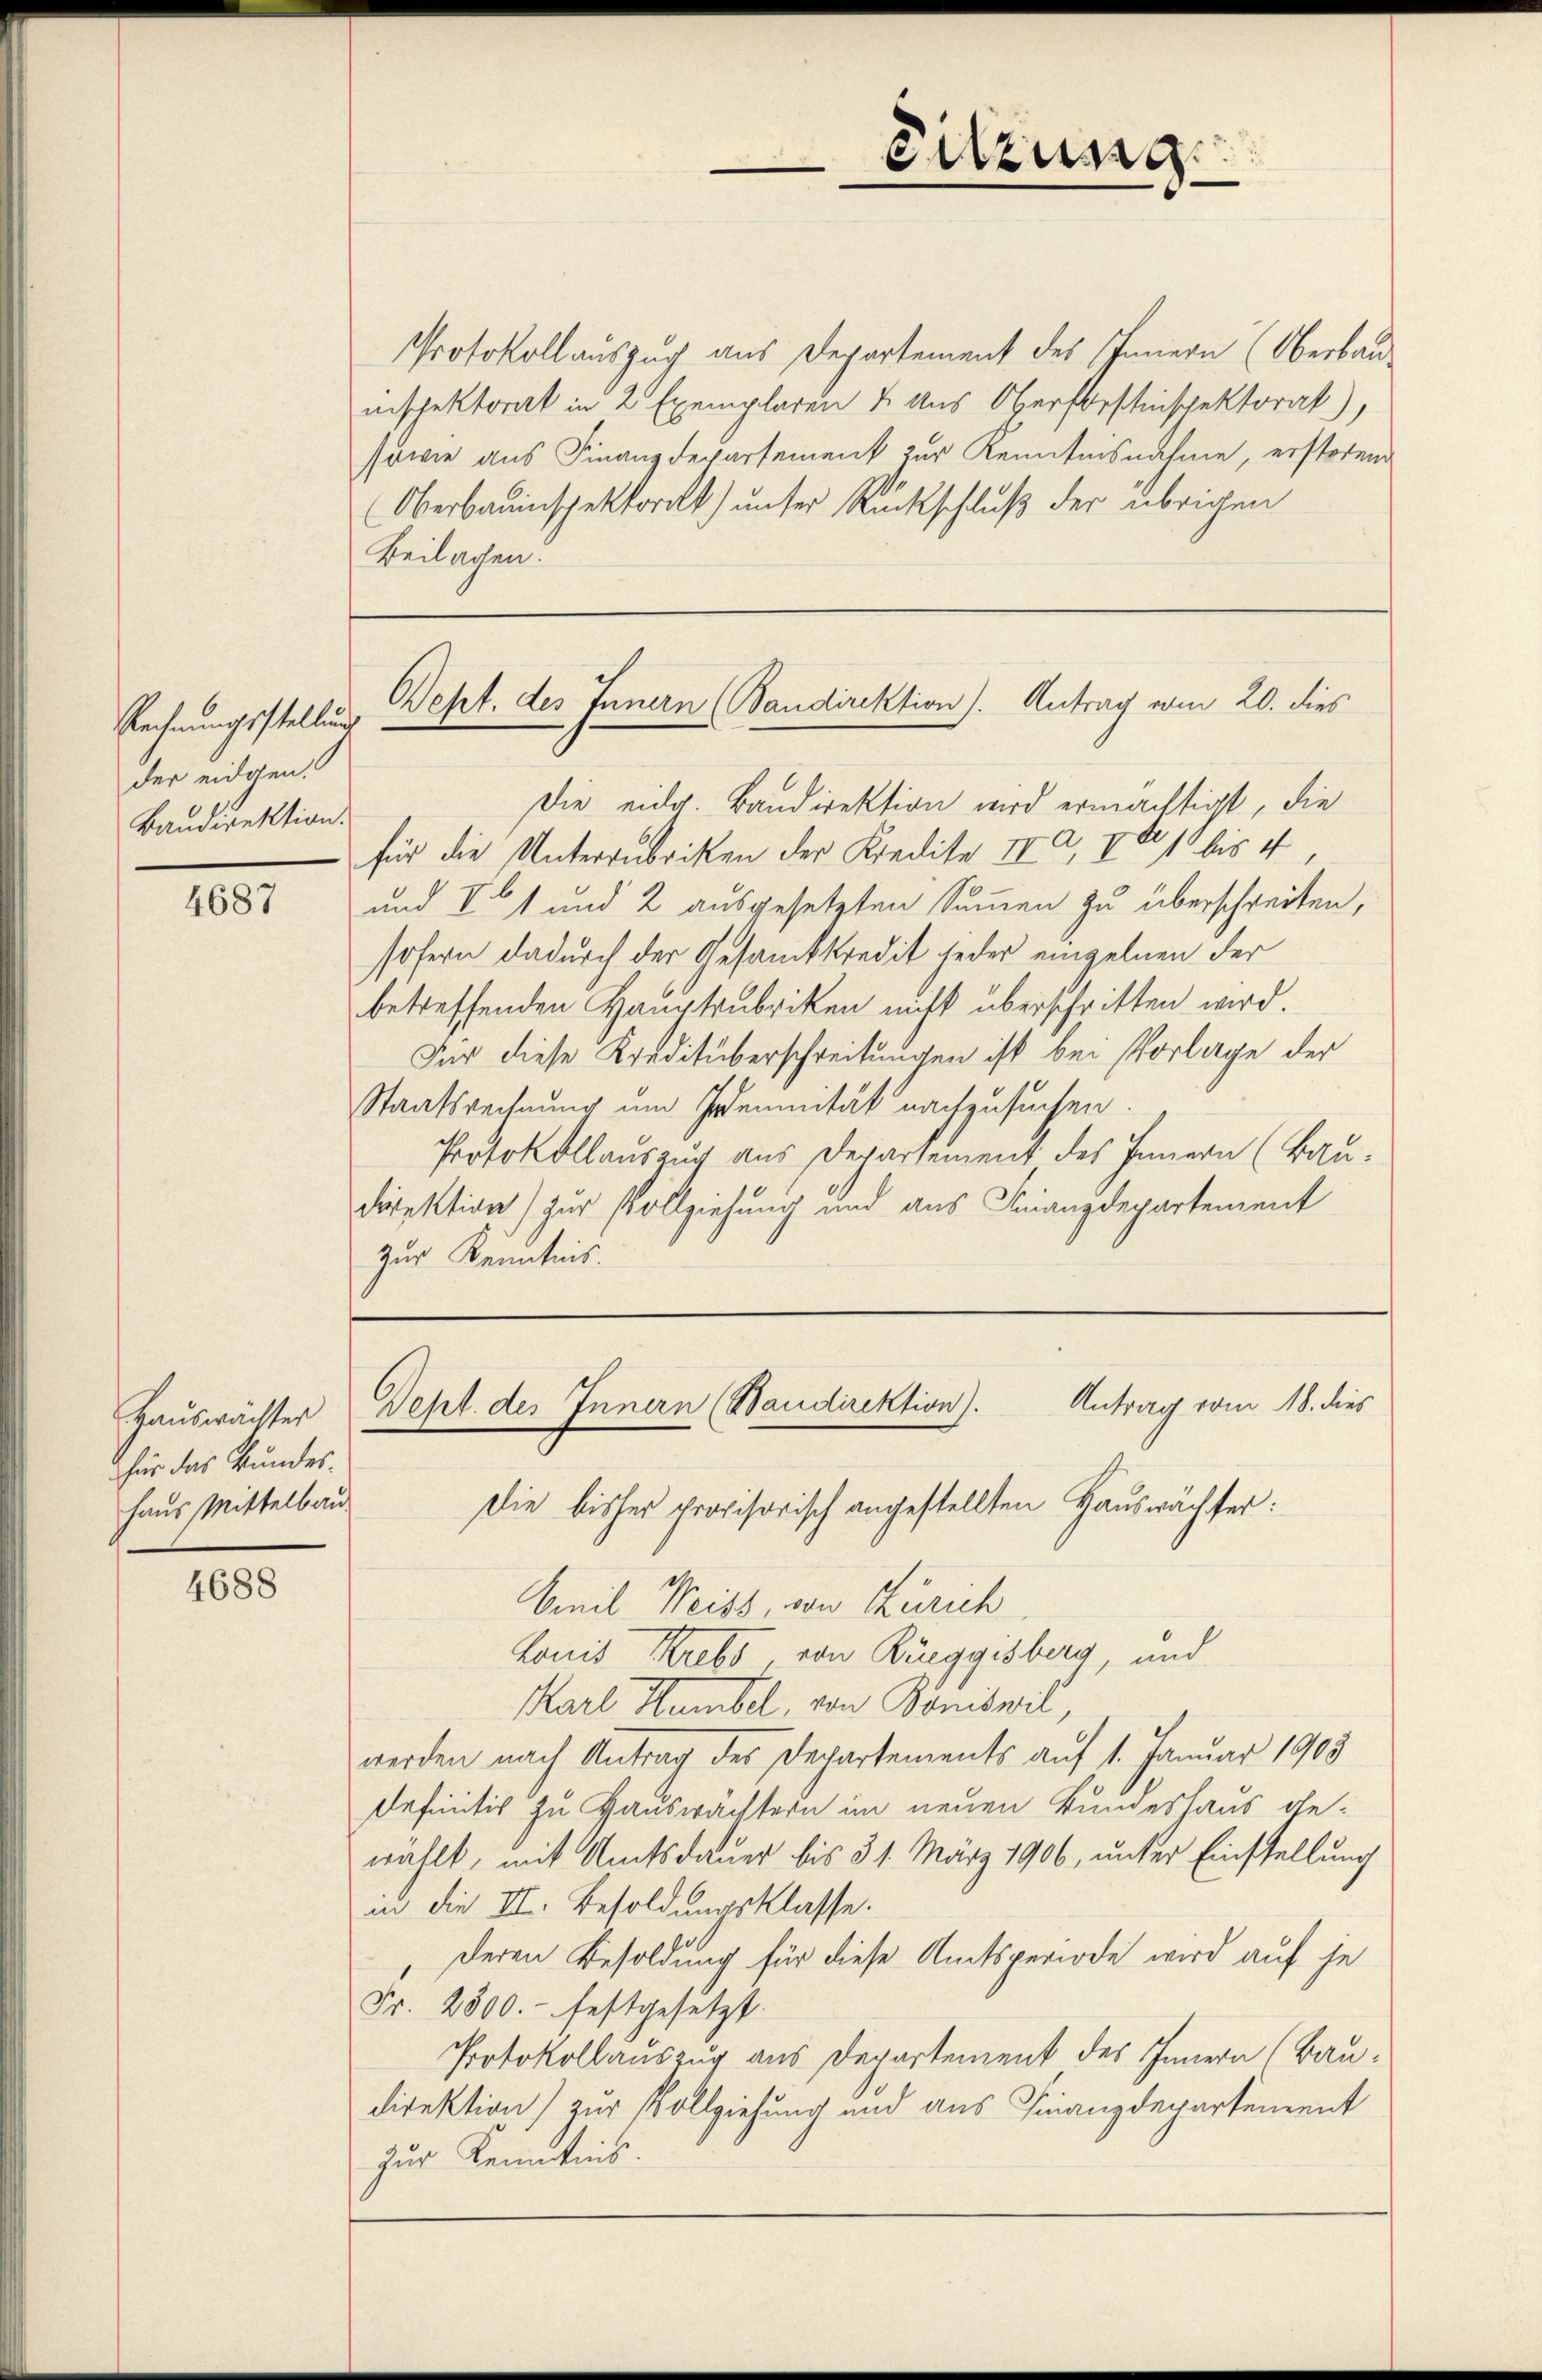
Rechnungsstellung
der eidgen.
Baudirektion.

4687

Hauswächter
für das kundeshaus Mittelbau

4688

Protokollauszug aus Departement des Innern (Oberbau-
inspektorat in 2 Exemplaren & aus Oberforstinspektorat),
sowie aus Finanzdepartement zur Kenntnisnahme, erstoren
Oberbauinspektoralt) unter Rückschluß der übrigen
Beilagen.

Sitzung

Wept. des Innern (Baudirektion). Antrag vom 20. dies

Die eidg. Bandirektion wird ermächtigt, die
für die Unterzubriken der Kredite IV 801 bis 4
und V 1 und 2 ausgesetzten Summen zu überschreiten,
sofern dadurch der Gesamtkredit jeder einzelnen der
betreffenden Hauptrubriken nicht überschritten wird.
Für diese Kreditüberschreitungen ist bei Vorlage der
Staatsrechnung um Indemnität nachzusuchen.
Protokollauszug aus Departement des Innern (Bau.
direktion) zur Vollziehung und aus Finanzdepartement
Zur Kenntnis.

Antrag vom 18. dies
Dept. der Innern (Baudirektion).
Die bisher provisorisch angestellten Hauswächter:

Cail Weiss, von Zürich
Lonis Krebs, von Rüeggisberg, und
Karl Humbel, von Boniswil,
werden nach Antrag des Departements auf 1. Januar 1903
Definitiv zu Hauswachtern im neuen Bundeshaus gewählt, mit Amtsdauer bis 31. März 1906, unter Einstellung
in die III. Besoldungsklasse.
deren Besoldung für diese Amtsperiode wird auf je
Fr. 2800.- festgesetzt.
Protokollauszug aus Departement des Innern (Baudirektion) zur Vollziehung und aus Finanzdepartement
zur Kenntnis.